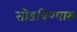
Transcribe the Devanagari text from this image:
सोडविण्यास